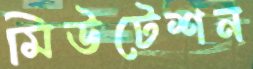
মিউটেশন